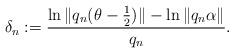
LaTeX: \begin{align*}\delta_n:=\frac{\ln \|q_n(\theta-\frac{1}{2})\|-\ln \|q_n\alpha\|}{q_n}.\end{align*}